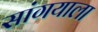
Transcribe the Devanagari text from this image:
सांगयाला